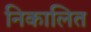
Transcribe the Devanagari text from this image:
निकालित